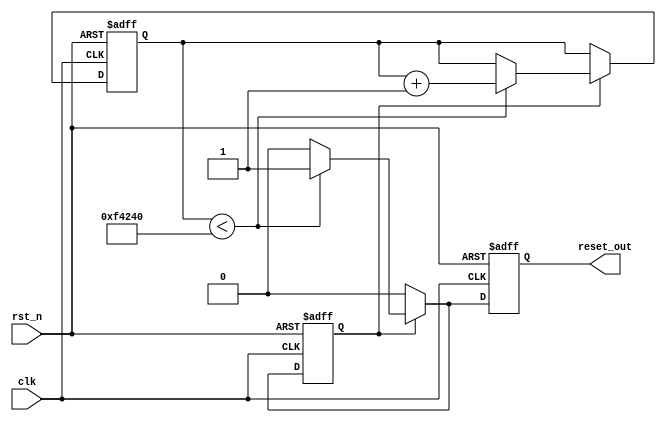
module power_on_reset (
    input wire clk,          // Clock signal
    input wire rst_n,       // Active-low external reset signal
    output reg reset_out     // Output reset signal
);

    parameter RESET_DURATION = 1000000; // Define the duration for power-on reset (in clock cycles)
    
    reg [19:0] counter;  // Counter to keep track of the duration of the reset
    reg power_on_reset;  // Flag to indicate power-on reset state

    // Power-On Reset Logic
    always @(posedge clk or negedge rst_n) begin
        if (!rst_n) begin
            // If external reset is activated
            reset_out <= 1'b1;    // Assert reset_out
            counter <= 0;          // Reset counter
            power_on_reset <= 1'b0; // Disable power-on reset flag
        end else begin
            if (power_on_reset) begin
                // During power-on reset
                if (counter < RESET_DURATION) begin
                    counter <= counter + 1; // Increment counter
                    reset_out <= 1'b1;      // Keep reset_out asserted
                end else begin
                    reset_out <= 1'b0;      // De-assert reset_out after duration
                    power_on_reset <= 1'b0; // Clear power-on reset flag
                end
            end else begin
                // If not in power-on reset state and outside reset
                reset_out <= 1'b0; // Ensure reset_out is de-asserted if no reset is active
            end
        end
    end

    // Power-On Reset Initialization
    initial begin
        reset_out = 1'b1;      // Assert reset_out on power-up
        counter = 0;           // Initialize counter
        power_on_reset = 1'b1; // Set power-on reset state
    end

endmodule